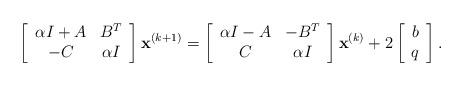
LaTeX: \begin{align*}\left[\begin{array}{cc} \alpha I+A & B^{T} \\ -C& \alpha I \\ \end{array}\right] {\bf x}^{(k+1)} =\left[\begin{array}{cc} \alpha I-A & -B^{T} \\ C& \alpha I \\ \end{array}\right]{\bf x}^{(k)}+2\left[ \begin{array}{c} b \\ q\\ \end{array}\right].\end{align*}